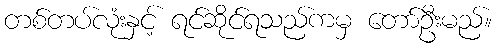
တစ်တပ်လုံးနှင့် ရင်ဆိုင်ရသည်ကမှ တော်ဦးမည်။